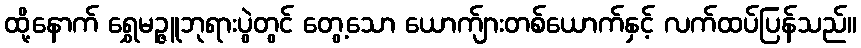
ထို့နောက် ရွှေမဉ္ဇူဘုရားပွဲတွင် တွေ့သော ယောက်ျားတစ်ယောက်နှင့် လက်ထပ်ပြန်သည်။